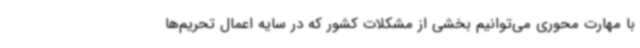
با مهارت محوری می‌توانیم بخشی از مشکلات کشور که در سایه اعمال تحریم‌ها